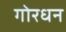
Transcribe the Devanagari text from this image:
गोरधन